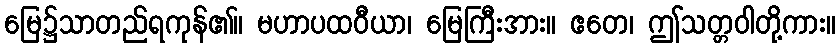
မြေ၌သာတည်ရကုန်၏။ မဟာပထဝီယာ၊ မြေကြီးအား။ ဧတေ၊ ဤသတ္တဝါတို့ကား။